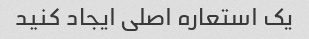
یک استعاره اصلی ایجاد کنید